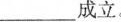
___成立。